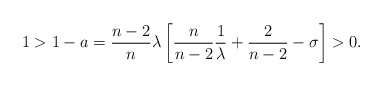
\begin{align*} 1>1-a=\frac{n-2}{n}\lambda \left[ \frac{n}{n-2} \frac{1}{\lambda} +\frac{2}{n-2}-\sigma\right]>0. \end{align*}